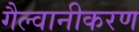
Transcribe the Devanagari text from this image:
गैल्वानीकरण